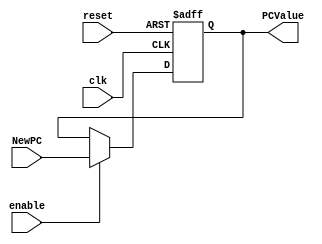
/******************************************************************
 * Description
 *  This is a register of 32-bit that corresponds to the PC counter.
 *  This register does not have an enable signal.
 * Version:
 *  1.0
 * Author:
 *  Alejandro Rios Jasso
 *  Javier Ochoa Pardo
 * email:
 *  is708932@iteso.mx
 *  is702811@iteso.mx
 * Date:
 *  05/04/2019
 ******************************************************************/

module PC_Register #(parameter N = 32)
                    (input clk,
                     input reset,
                     input enable,
                     input [N-1:0] NewPC,
                     output reg [N-1:0] PCValue);
    
    always@(negedge reset or posedge clk) begin
        if (reset == 0)
            PCValue <= 0;
        else if(enable == 1)
            PCValue <= NewPC;
    end
    
endmodule